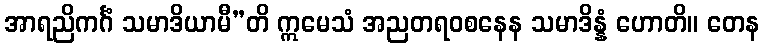
အာရညိကင်္ဂံ သမာဒိယာမီ”တိ ဣမေသံ အညတရဝစနေန သမာဒိန္နံ ဟောတိ။ တေန